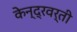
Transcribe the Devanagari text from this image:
केन्द्रवर्ती